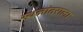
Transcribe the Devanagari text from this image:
स्थलांतराला